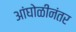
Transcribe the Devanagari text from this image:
आंघोळीनंतर